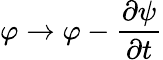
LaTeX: \varphi\rightarrow\varphi-{\frac{\partial{\psi}}{\partial t}}